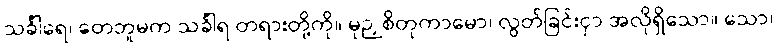
သင်္ခါရေ၊ တေဘူမက သင်္ခါရ တရားတို့ကို။ မုဉှစိတုကာမော၊ လွတ်ခြင်းငှာ အလိုရှိသော။ သော၊